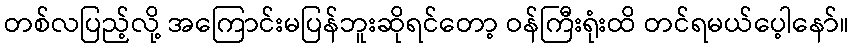
တစ်လပြည့်လို့ အကြောင်းမပြန်ဘူးဆိုရင်တော့ ဝန်ကြီးရုံးထိ တင်ရမယ်ပေ့ါနော်။